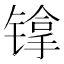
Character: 镎